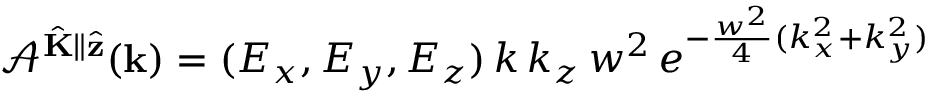
\mathcal { A } ^ { \hat { \mathbf { K } } \parallel \hat { \mathbf { z } } } ( \mathbf { k } ) = ( E _ { x } , E _ { y } , E _ { z } ) \, k \, k _ { z } \, w ^ { 2 } \, e ^ { - \frac { w ^ { 2 } } { 4 } ( k _ { x } ^ { 2 } + k _ { y } ^ { 2 } ) }